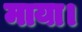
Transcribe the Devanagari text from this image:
माया।